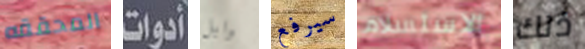
المحققه أدوات وابل سيرفع الاستسلام ذلك